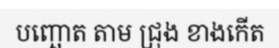
បញ្ឆោត តាម ជ្រុង ខាងកើត